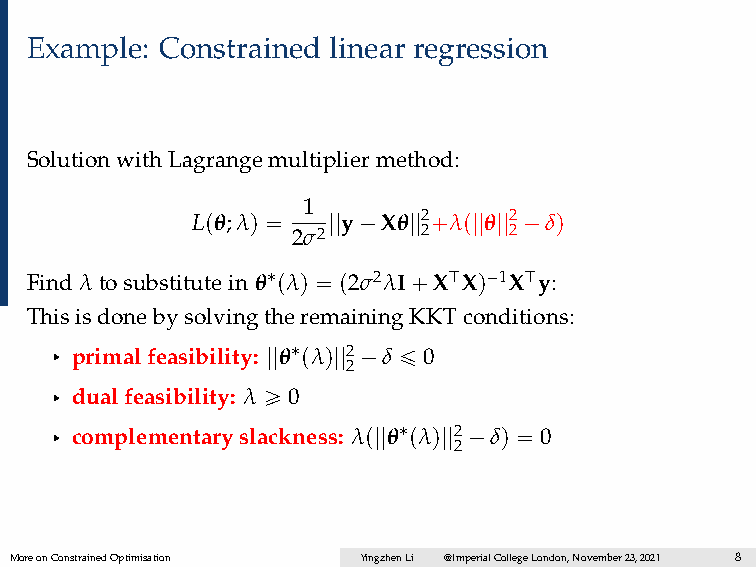
Example: Constrained linear regression
 SolutionwithLagrangemultipliermethod:
 1
 Lpθ;λq “ ||y´Xθ||2`λp||θ||2´δq
 2σ2      2     2
 Findλtosubstituteinθ˚pλq “ p2σ2λI`XJXq´1XJy:
 ThisisdonebysolvingtheremainingKKTconditions:
 § primalfeasibility: ||θ˚pλq||2´δ ď 0
 2
 § dualfeasibility: λ ě 0
 § complementaryslackness: λp||θ˚pλq||2´δq “ 0
 2
 MoreonConstrainedOptimisation YingzhenLi @ImperialCollegeLondon,November23,2021 8